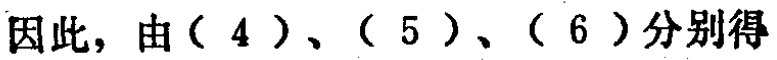
因此，由（4）、（5）、（6）分别得